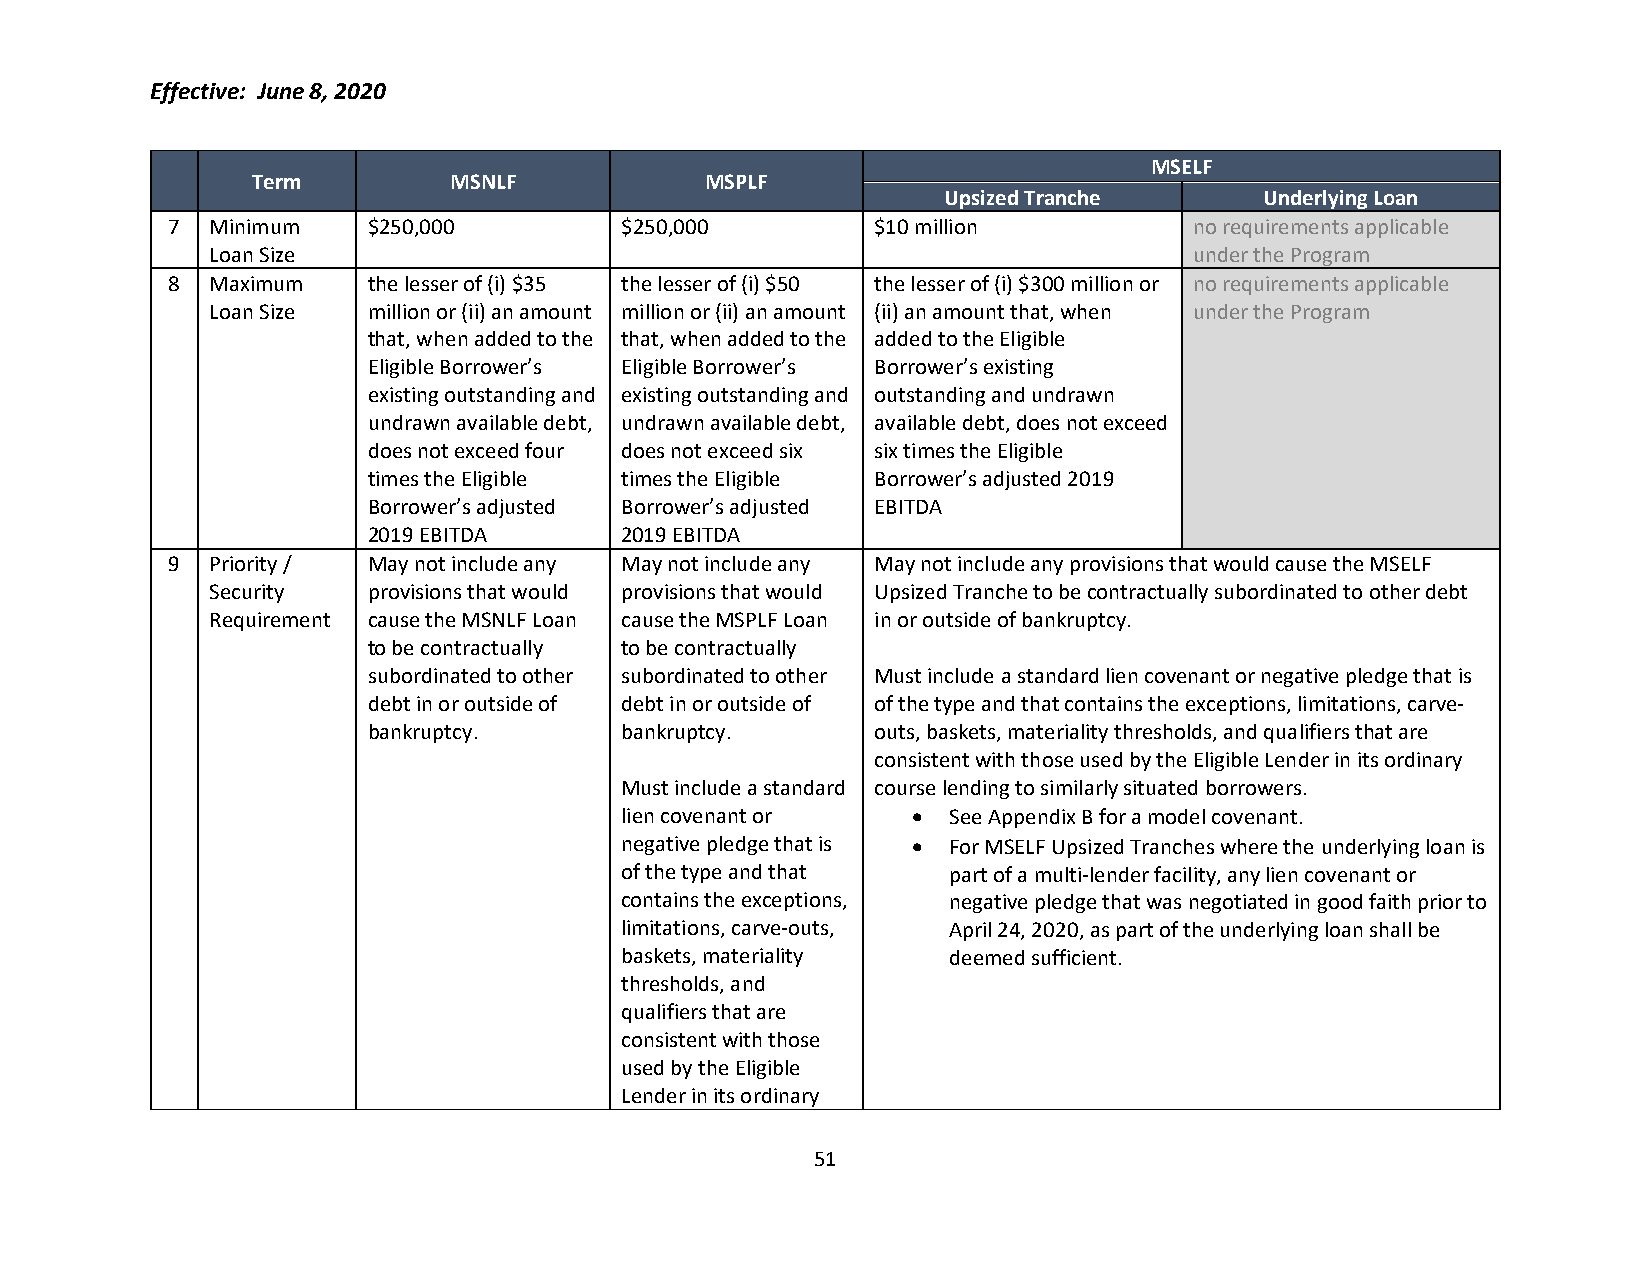
Effective: June 8, 2020
 MSELF
 Term         MSNLF            MSPLF
 Upsized Tranche       Underlying Loan
 7  Minimum   $250,000         $250,000         $10 million          no requirements applicable
 Loan Size                                                        under the Program
 8  Maximum   the lesser of (i) $35 the lesser of (i) $50 the lesser of (i) $300 million or no requirements applicable
 Loan Size million or (ii) an amount million or (ii) an amount (ii) an amount that, when under the Program
 that, when added to the that, when added to the added to the Eligible
 Eligible Borrower’s Eligible Borrower’s Borrower’s existing
 existing outstanding and existing outstanding and outstanding and undrawn
 undrawn available debt, undrawn available debt, available debt, does not exceed
 does not exceed four does not exceed six six times the Eligible
 times the Eligible times the Eligible Borrower’s adjusted 2019
 Borrower’s adjusted Borrower’s adjusted EBITDA
 2019 EBITDA      2019 EBITDA
 9  Priority / May not include any May not include any May not include any provisions that would cause the MSELF
 Security  provisions that would provisions that would Upsized Tranche to be contractually subordinated to other debt
 Requirement cause the MSNLF Loan cause the MSPLF Loan in or outside of bankruptcy.
 to be contractually to be contractually
 subordinated to other subordinated to other Must include a standard lien covenant or negative pledge that is
 debt in or outside of debt in or outside of of the type and that contains the exceptions, limitations, carve-
 bankruptcy.      bankruptcy.      outs, baskets, materiality thresholds, and qualifiers that are
 consistent with those used by the Eligible Lender in its ordinary
 Must include a standard course lending to similarly situated borrowers.
 lien covenant or   •  See Appendix B for a model covenant.
 negative pledge that is • For MSELF Upsized Tranches where the underlying loan is
 of the type and that  part of a multi-lender facility, any lien covenant or
 contains the exceptions, negative pledge that was negotiated in good faith prior to
 limitations, carve-outs, April 24, 2020, as part of the underlying loan shall be
 baskets, materiality  deemed sufficient.
 thresholds, and
 qualifiers that are
 consistent with those
 used by the Eligible
 Lender in its ordinary
 51